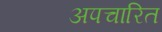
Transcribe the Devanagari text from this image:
अपचारित